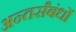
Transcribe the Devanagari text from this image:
अन्तर्संबंधों